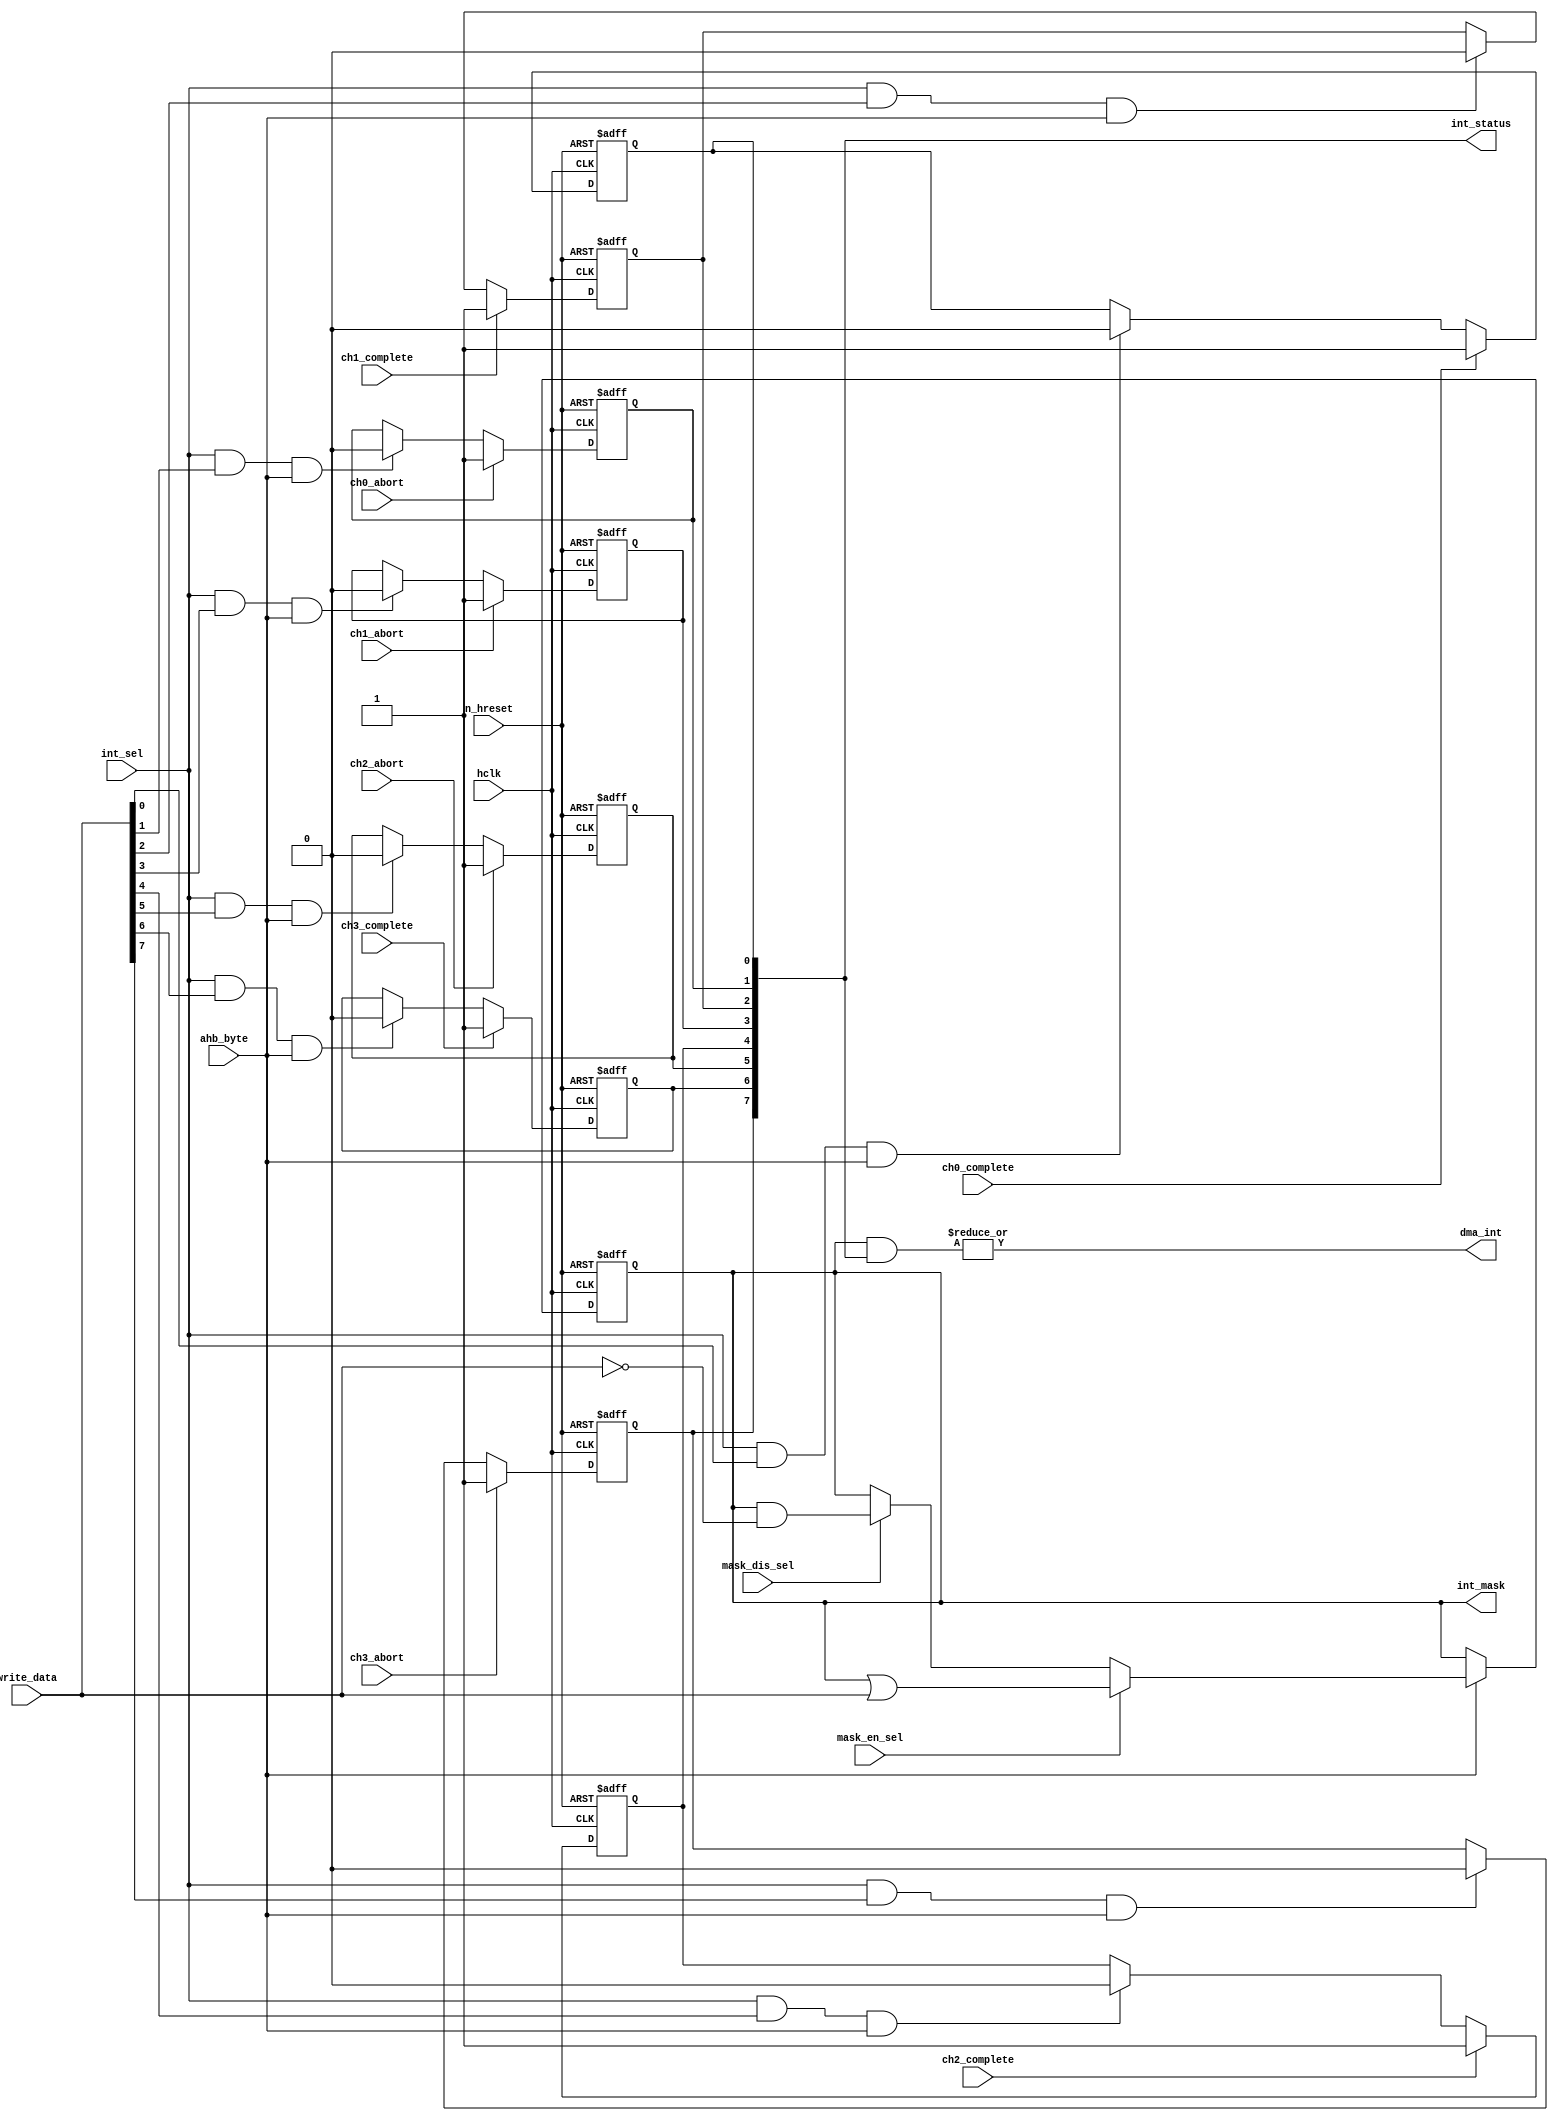
module dma_int_control(
            hclk,                       // ahb system clock
            n_hreset,                    // ahb system reset
            // register control signals (4 registers)
            mask_en_sel,                // write to mask enable
            mask_dis_sel,               // write to mask disable
            int_sel,                    // write to status reg 
// (write one to clear)
            write_data,                 // data for writes 
            // (assume word accesses)
            ahb_byte,
            // dma status inputs
            ch0_complete,
            ch0_abort,
`ifdef one_channel
`else
            ch1_complete,
            ch1_abort,
`ifdef two_channel
`else
            ch2_complete,
            ch2_abort,  
`ifdef three_channel
`else
            ch3_complete,
            ch3_abort,  
`endif
`endif
`endif
            // register outputs
            int_mask,
            int_status,
            // interrupt output
            dma_int
            );

//==========================
// input/output declarations
//==========================

  input             hclk;
  input             n_hreset;
// register control signals (4 registers)
  input             mask_en_sel;            
  input             mask_dis_sel;           
  input             int_sel;                
  //input      [31:0] write_data; 
  input       [7:0] write_data; 
  //input       [3:0] ahb_byte;           
  input             ahb_byte;           
// dma status inputs
  input             ch0_complete;
  input             ch0_abort;
`ifdef one_channel
`else
  input             ch1_complete;
  input             ch1_abort;
`ifdef two_channel
`else
  input             ch2_complete;
  input             ch2_abort;  
`ifdef three_channel
`else
  input             ch3_complete;
  input             ch3_abort;  
`endif
`endif
`endif
// register outputs
`ifdef one_channel
  output      [1:0] int_mask;
  output      [1:0] int_status;
`else
`ifdef two_channel
  output      [3:0] int_mask;
  output      [3:0] int_status;
`else
`ifdef three_channel
  output      [5:0] int_mask;
  output      [5:0] int_status;
`else
  output      [7:0] int_mask;
  output      [7:0] int_status;
`endif
`endif
`endif

// interrupt output
  output            dma_int;


//==================
// wire declarations
//==================

  wire              hclk;
  wire              n_hreset;
  wire              mask_en_sel;            
  wire              mask_dis_sel;           
  wire              int_sel;                
  //wire       [31:0] write_data;             
  wire        [7:0] write_data;
  //wire        [3:0] ahb_byte;           
  wire              ahb_byte;           
// dma status wire s
  wire              ch0_complete;
  wire              ch0_abort;
  reg               ch0_complete_reg;
  reg               ch0_abort_reg;
`ifdef one_channel
  reg         [1:0] int_mask;
  reg         [1:0] int_status;
`else
  wire              ch1_complete;
  wire              ch1_abort;
  reg               ch1_complete_reg;
  reg               ch1_abort_reg;
`ifdef two_channel
  reg         [3:0] int_mask;
  reg         [3:0] int_status;
`else
  wire              ch2_complete;
  wire              ch2_abort;  
  reg               ch2_complete_reg;
  reg               ch2_abort_reg;  
`ifdef three_channel
  reg         [5:0] int_mask;
  reg         [5:0] int_status;
`else
  wire              ch3_complete;
  wire              ch3_abort;  
  reg               ch3_complete_reg;
  reg               ch3_abort_reg;  
  reg         [7:0] int_mask;
  reg         [7:0] int_status;
`endif
`endif
`endif
// interrupt reg   
  reg               dma_int;


//==========
// Main code
//==========

// This module implements a mask and a status register.  The mask is a register
// triplet and the status register is read clear - with all status bits being 
// triggered (do not need to perform anti-metastability as status signals
// are generated synchronously

always @(posedge hclk or negedge n_hreset)
begin
    if (~n_hreset)
    begin
//added by Binata start
`ifdef one_channel 
        int_mask <= 2'b00;
`else
`ifdef two_channel
	int_mask <= 4'b0000;
`else
`ifdef three_channel
	int_mask <= 6'b000000;
`else
	int_mask <= 8'b00000000;
`endif
`endif
`endif

//end of addition
    end
    else
    begin
        //if (ahb_byte[0]) // only bottom byte ever used(unless more 
        if (ahb_byte) // only bottom byte ever used(unless more 
                         // channel/interrupts added)
        begin
            if (mask_en_sel)
`ifdef one_channel
                int_mask <= int_mask | write_data[1:0];
            else if (mask_dis_sel)
                int_mask <= int_mask & ~write_data[1:0];
`else
`ifdef two_channel
                int_mask <= int_mask | write_data[3:0];
            else if (mask_dis_sel)
                int_mask <= int_mask & ~write_data[3:0];
`else
`ifdef three_channel
                int_mask <= int_mask | write_data[5:0];
            else if (mask_dis_sel)
                int_mask <= int_mask & ~write_data[5:0];
`else
                int_mask <= int_mask | write_data[7:0];
            else if (mask_dis_sel)
                int_mask <= int_mask & ~write_data[7:0];
`endif
`endif
`endif
        end
    end
end

// all status inputs are pulses therefore no edge detection is required
// the inputs are registered and cleared when a read occurs.

always @(posedge hclk or negedge n_hreset)
begin
    if (~n_hreset)
    begin
        ch0_complete_reg <= 1'b0;
        ch0_abort_reg    <= 1'b0;
    end
    else
    begin
        if (ch0_complete)
            ch0_complete_reg <= 1'b1;
        else if (int_sel & write_data[0] & ahb_byte)
            ch0_complete_reg <= 1'b0;
        if (ch0_abort)
            ch0_abort_reg <= 1'b1;
        else if (int_sel & write_data[1] & ahb_byte)
            ch0_abort_reg <= 1'b0;
    end
end

`ifdef one_channel
`else
always @(posedge hclk or negedge n_hreset)
begin
    if (~n_hreset)
    begin
        ch1_complete_reg <= 1'b0;
        ch1_abort_reg    <= 1'b0;
    end
    else
    begin
        if (ch1_complete)
            ch1_complete_reg <= 1'b1;
        else if (int_sel & write_data[2] & ahb_byte)
            ch1_complete_reg <= 1'b0;
        if (ch1_abort)
            ch1_abort_reg <= 1'b1;
        else if (int_sel & write_data[3] & ahb_byte)
            ch1_abort_reg <= 1'b0;
    end
end

`ifdef two_channel
`else
always @(posedge hclk or negedge n_hreset)
begin
    if (~n_hreset)
    begin
        ch2_complete_reg <= 1'b0;
        ch2_abort_reg    <= 1'b0;  
    end
    else
    begin
        if (ch2_complete)
            ch2_complete_reg <= 1'b1;
        else if (int_sel & write_data[4] & ahb_byte)
            ch2_complete_reg <= 1'b0;
        if (ch2_abort)
            ch2_abort_reg <= 1'b1;
        else if (int_sel & write_data[5] & ahb_byte)
            ch2_abort_reg <= 1'b0;
    end
end

`ifdef three_channel
`else
always @(posedge hclk or negedge n_hreset)
begin
    if (~n_hreset)
    begin
        ch3_complete_reg <= 1'b0;
        ch3_abort_reg    <= 1'b0;  
    end
    else
    begin
        if (ch3_complete)
            ch3_complete_reg <= 1'b1;
        else if (int_sel & write_data[6] & ahb_byte)
            ch3_complete_reg <= 1'b0;
        if (ch3_abort)
            ch3_abort_reg <= 1'b1;
        else if (int_sel & write_data[7] & ahb_byte)
            ch3_abort_reg <= 1'b0;
    end
end
`endif
`endif
`endif

// build int_status register

always @(
`ifdef one_channel
`else
         ch1_complete_reg or ch1_abort_reg or 
`ifdef two_channel
`else
         ch2_complete_reg or ch2_abort_reg or 
`ifdef three_channel
`else
         ch3_complete_reg or ch3_abort_reg or 
`endif
`endif
`endif
         ch0_complete_reg or ch0_abort_reg)
begin
`ifdef one_channel
    int_status = {ch0_abort_reg, ch0_complete_reg};
//Binata
`else `ifdef two_channel
//`elseif two_channel
    int_status = {ch1_abort_reg, ch1_complete_reg,
                  ch0_abort_reg, ch0_complete_reg};
`else `ifdef three_channel
//`elseif  three_channel
    int_status = {ch2_abort_reg, ch2_complete_reg,
                  ch1_abort_reg, ch1_complete_reg,
                  ch0_abort_reg, ch0_complete_reg};
`else
    int_status = {ch3_abort_reg, ch3_complete_reg,
                  ch2_abort_reg, ch2_complete_reg,
                  ch1_abort_reg, ch1_complete_reg,
                  ch0_abort_reg, ch0_complete_reg};
`endif
`endif
`endif
end

// generate dma_int
// should be set if both the appropriate mask and status bits are set of
// any interrupt
always @(int_status or int_mask)
begin
    dma_int = |(int_mask & int_status);
end

endmodule